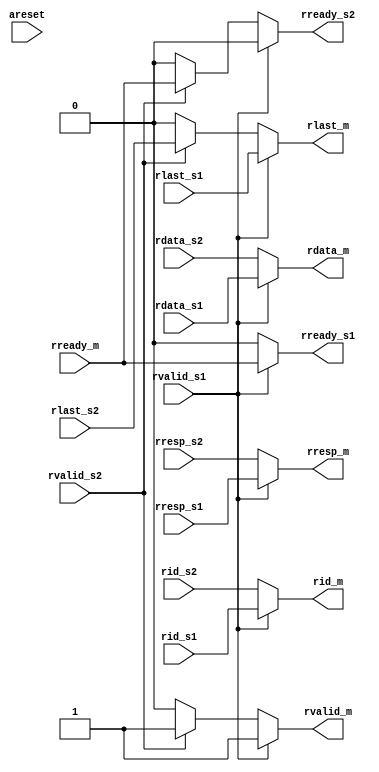
module rdata_mux_2to1(
input          areset,

// master
output   [3:0] rid_m,
output  [31:0] rdata_m,
output         rlast_m,
output   [1:0] rresp_m,
output         rvalid_m,
input          rready_m,

// slave 1
input    [3:0] rid_s1,
input   [31:0] rdata_s1,
input          rlast_s1,
input    [1:0] rresp_s1,
input          rvalid_s1,
output         rready_s1,

// slave 2
input    [3:0] rid_s2,
input   [31:0] rdata_s2,
input          rlast_s2,
input    [1:0] rresp_s2,
input          rvalid_s2,
output         rready_s2
);



// RDATA mux
assign rid_m     = rvalid_s1 ? rid_s1 : rid_s2;
assign rdata_m   = rvalid_s1 ? rdata_s1 : rdata_s2;
assign rresp_m   = rvalid_s1 ? rresp_s1 : rresp_s2;

assign rlast_m   = rvalid_s1 ? rlast_s1 : rvalid_s2 ? rlast_s2 : 1'b0;
assign rvalid_m  = rvalid_s1 ? rvalid_s1 : rvalid_s2 ? rvalid_s2 : 1'b0;
assign rready_s1 = rvalid_s1 ? rready_m : rvalid_s2 ? 1'b0 : 1'b0;
assign rready_s2 = rvalid_s1 ? 1'b0 : rvalid_s2 ? rready_m : 1'b0;

endmodule